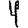
Digit: 4